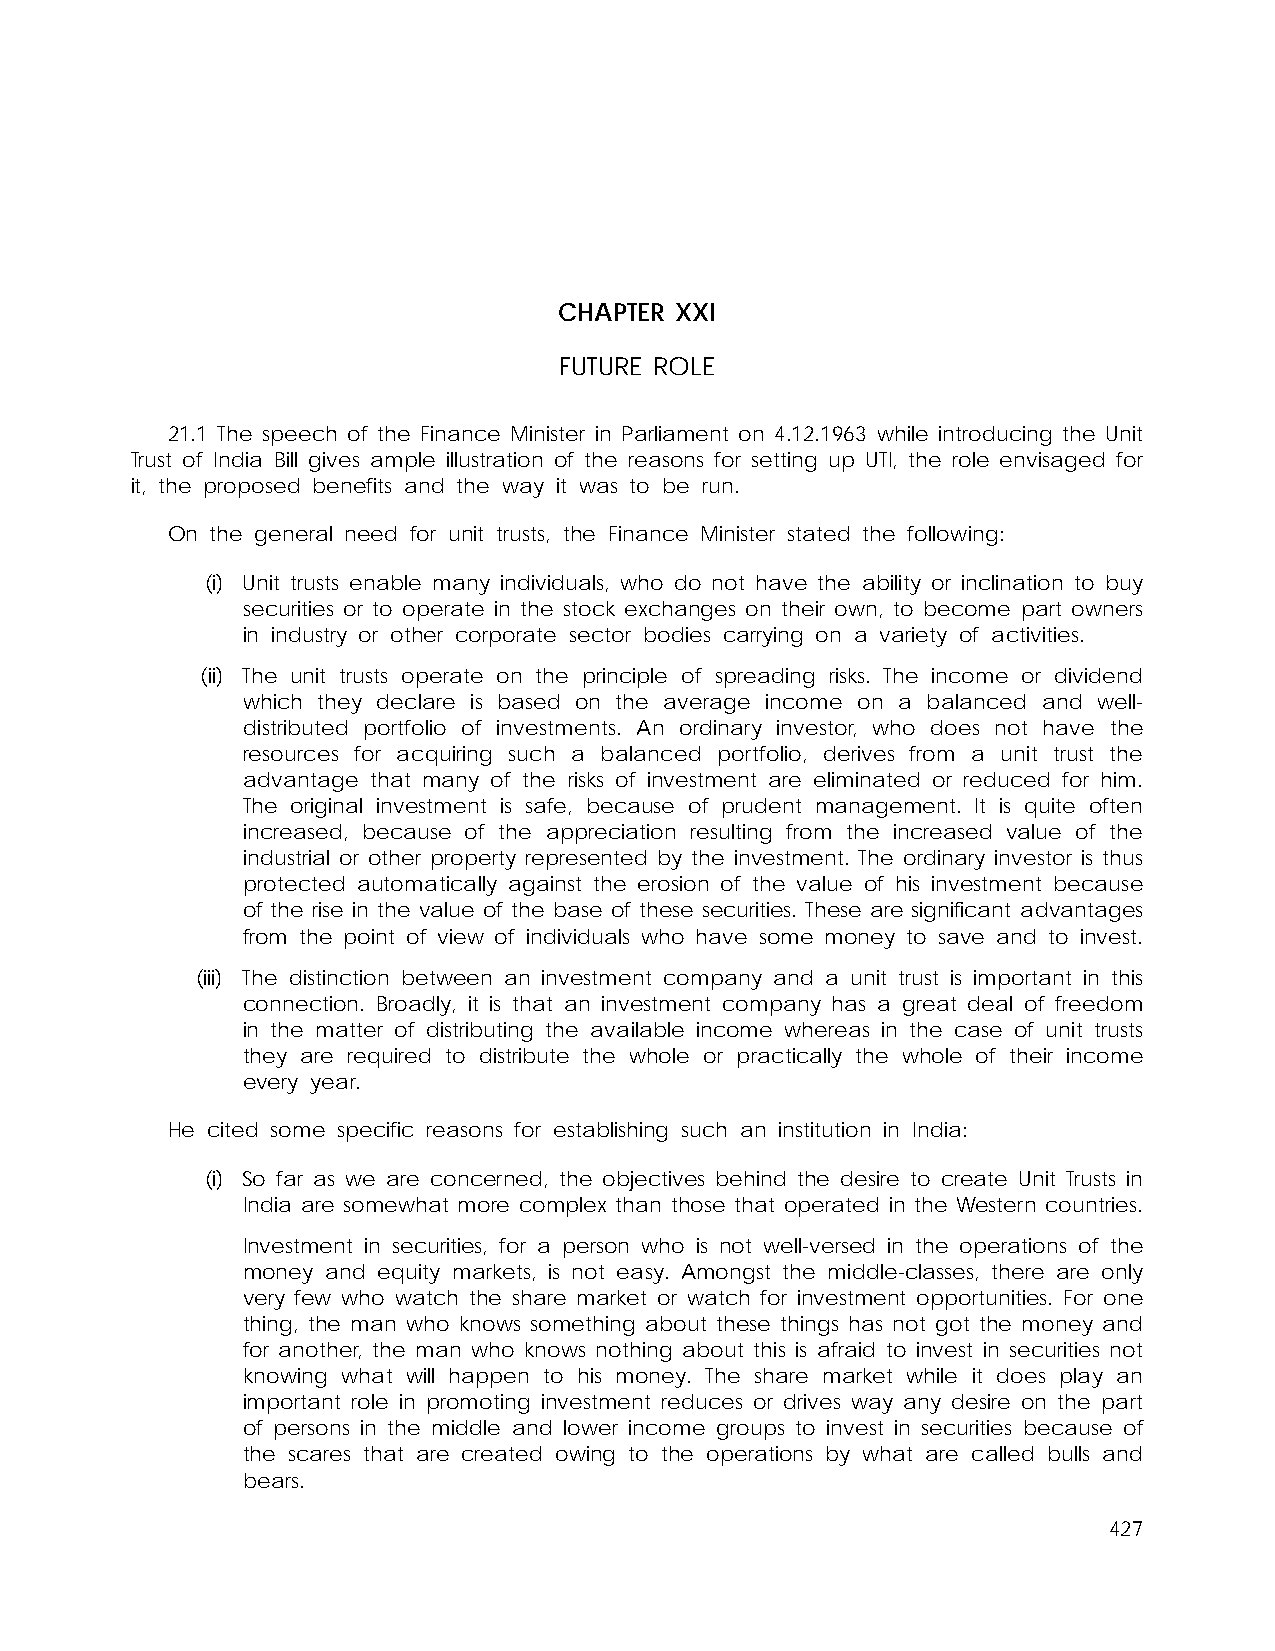
CHAPTER XXI
 FUTURE ROLE
 21.1 The speech of the Finance Minister in Parliament on 4.12.1963 while introducing the Unit
 Trust of India Bill gives ample illustration of the reasons for setting up UTI, the role envisaged for
 it, the proposed benefits and the way it was to be run.
 On the general need for unit trusts, the Finance Minister stated the following:
 (i) Unit trusts enable many individuals, who do not have the ability or inclination to buy
 securities or to operate in the stock exchanges on their own, to become part owners
 in industry or other corporate sector bodies carrying on a variety of activities.
 (ii) The unit trusts operate on the principle of spreading risks. The income or dividend
 which they declare is based on the average income on a balanced and well-
 distributed portfolio of investments. An ordinary investor, who does not have the
 resources for acquiring such a balanced portfolio, derives from a unit trust the
 advantage that many of the risks of investment are eliminated or reduced for him.
 The original investment is safe, because of prudent management. It is quite often
 increased, because of the appreciation resulting from the increased value of the
 industrial or other property represented by the investment. The ordinary investor is thus
 protected automatically against the erosion of the value of his investment because
 of the rise in the value of the base of these securities. These are significant advantages
 from the point of view of individuals who have some money to save and to invest.
 (iii) The distinction between an investment company and a unit trust is important in this
 connection. Broadly, it is that an investment company has a great deal of freedom
 in the matter of distributing the available income whereas in the case of unit trusts
 they are required to distribute the whole or practically the whole of their income
 every year.
 He cited some specific reasons for establishing such an institution in India:
 (i) So far as we are concerned, the objectives behind the desire to create Unit Trusts in
 India are somewhat more complex than those that operated in the Western countries.
 Investment in securities, for a person who is not well-versed in the operations of the
 money and equity markets, is not easy. Amongst the middle-classes, there are only
 very few who watch the share market or watch for investment opportunities. For one
 thing, the man who knows something about these things has not got the money and
 for another, the man who knows nothing about this is afraid to invest in securities not
 knowing what will happen to his money. The share market while it does play an
 important role in promoting investment reduces or drives way any desire on the part
 of persons in the middle and lower income groups to invest in securities because of
 the scares that are created owing to the operations by what are called bulls and
 bears.
 427